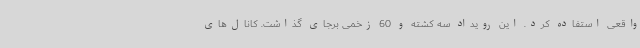
واقعی استفاده کرد. این رویداد سه کشته و 60 زخمی برجای گذاشت. کانال‌های